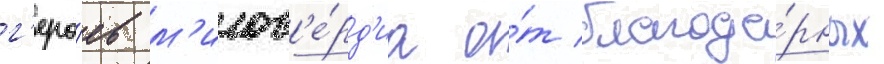
г'еро́ев м'илос'е́рд'иа о́т благода́рных